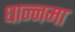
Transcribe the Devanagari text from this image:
धान्नमा